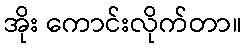
အိုး ကောင်းလိုက်တာ။